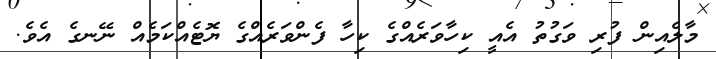
މާލެއިން ފުރި ވަގުތު އެއީ ކިހާވަރެއްގެ ކިހާ ފެންވަރެއްގެ ޔޮޓެއްކަމެއް ނޭނގެ އެވެ.